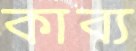
কাব্য